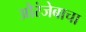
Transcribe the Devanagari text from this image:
औरंजेबाचा